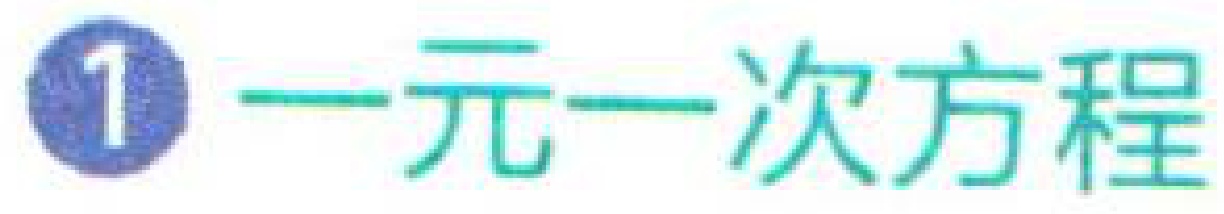
\textcircled{1} 一元一次方程